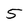
Character: 5